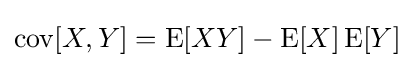
\operatorname {cov} [X,Y]=\operatorname {E} [XY]-\operatorname {E} [X]\operatorname {E} [Y]